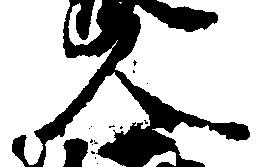
人